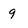
Character: 9